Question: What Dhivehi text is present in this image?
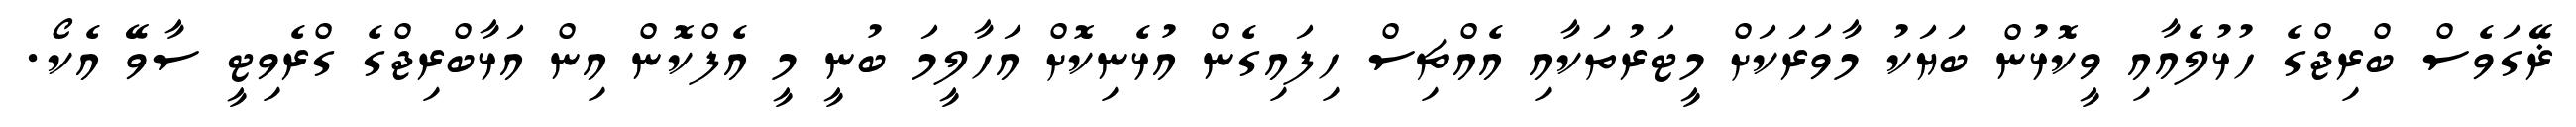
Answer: ޜޭގަވެސް ބްރިޖްގެ ހުޅުލެއާއި ވީކޮޅުން ބަޔަކު މާވަރަކަށް މީޓަރުތަކާއި އެއްޗިސް ހިފައިގެން އުޅެނިކޮށް އަހާލީމަ ބުނީ މީ އެފްކޮން އިން އަޅާބްރިޖްގެ ގްރެވިޓީ ސާވޭ އެކޯ.